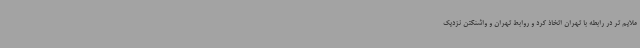
ملایم تر در رابطه با تهران اتخاذ کرد و روابط تهران و واشنگتن نزدیک